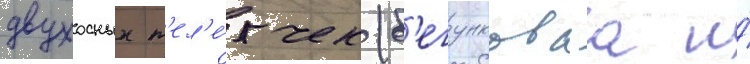
двухосных т'ел'е́жек (б'егунковаа и́